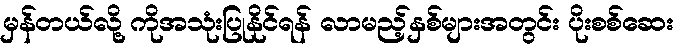
မှန်တယ်လို့ ကိုအသုံးပြုနိုင်ရန် လာမည့်နှစ်များအတွင်း ပိုးစစ်ဆေး